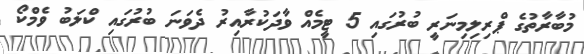
މުބާރާތުގެ ޕްރިލިމިނަރީ ބުރުގައި 5 ޓީމެއް ވާދަކުރާއިރު ދެވަނަ ބުރުގައި ކްލަބު ވެމްކޯ